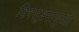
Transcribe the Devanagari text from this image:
विषसूक्ष्माणुओं